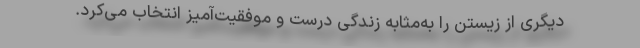
دیگری از زیستن را به‌مثابه زندگی درست و موفقیت‌آمیز انتخاب می‌کرد.